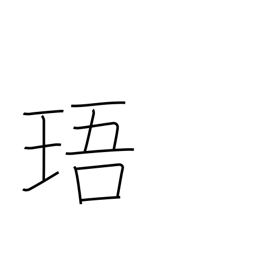
Meaning: jewel